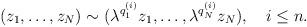
LaTeX: \begin{align*}(z_1,\ldots,z_N)\sim (\lambda^{q_1^{(i)}}z_1,\ldots,\lambda^{q_N^{(i)}}z_N), ~~~ i\le n.\end{align*}